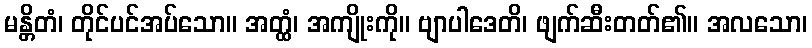
မန္တိတံ၊ တိုင်ပင်အပ်သော။ အတ္ထံ၊ အကျိုးကို။ ဗျာပါဒေတိ၊ ဖျက်ဆီးတတ်၏။ အလသော၊